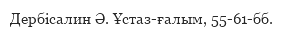
Дербісалин Ә. Ұстаз-ғалым, 55-61-бб.